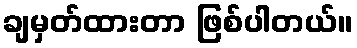
ချမှတ်ထားတာ ဖြစ်ပါတယ်။